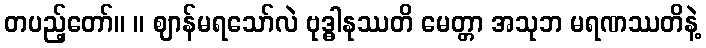
တပည့်တော်။ ။ ဈာန်မရသော်လဲ ဗုဒ္ဓါနုဿတိ မေတ္တာ အသုဘ မရဏဿတိနဲ့